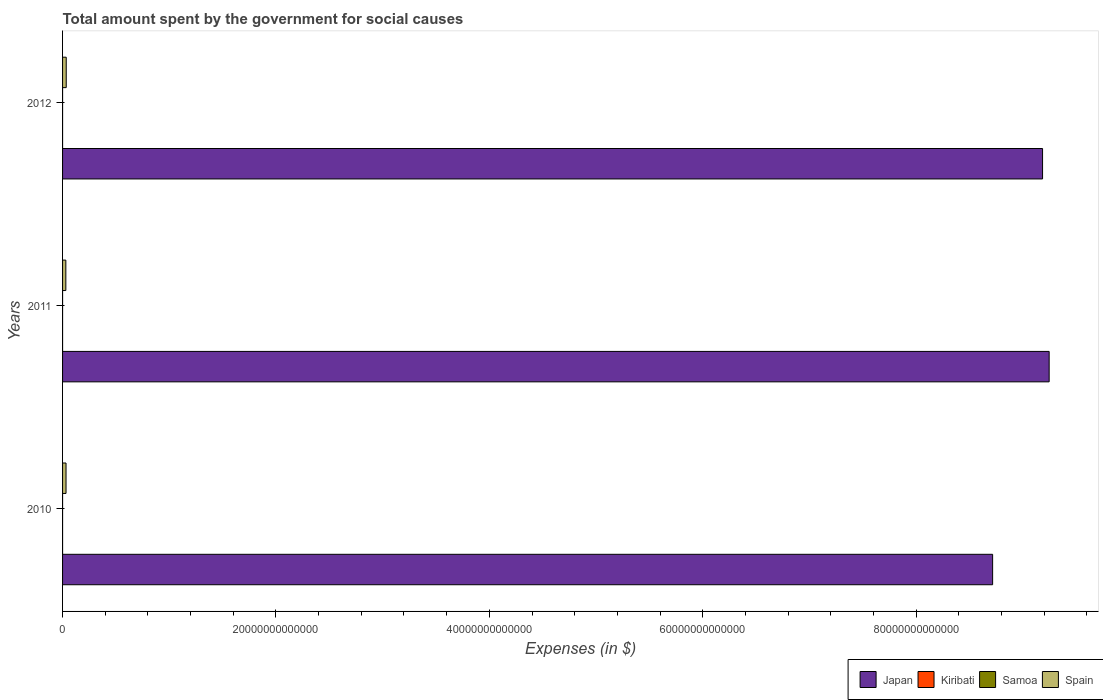
| Years | Japan | Kiribati | Samoa | Spain |
 | --- | --- | --- | --- | --- |
 | 2010 | 8.72e+13 | 9.5e+07 | 4.32e+05 | 3.25e+11 |
 | 2011 | 9.25e+13 | 1.17e+08 | 4.53e+05 | 3.07e+11 |
 | 2012 | 9.19e+13 | 1.05e+08 | 4.53e+05 | 3.44e+11 |